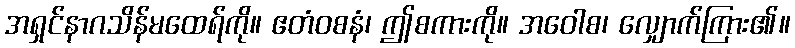
အရှင်နာဂသိန်မထေရ်ကို။ ဧတံဝစနံ၊ ဤစကားကို။ အဝေါစ၊ လျှောက်ကြား၏။